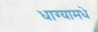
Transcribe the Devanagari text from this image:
धाग्यामधे